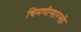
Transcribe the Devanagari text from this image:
चिमणीसारखी